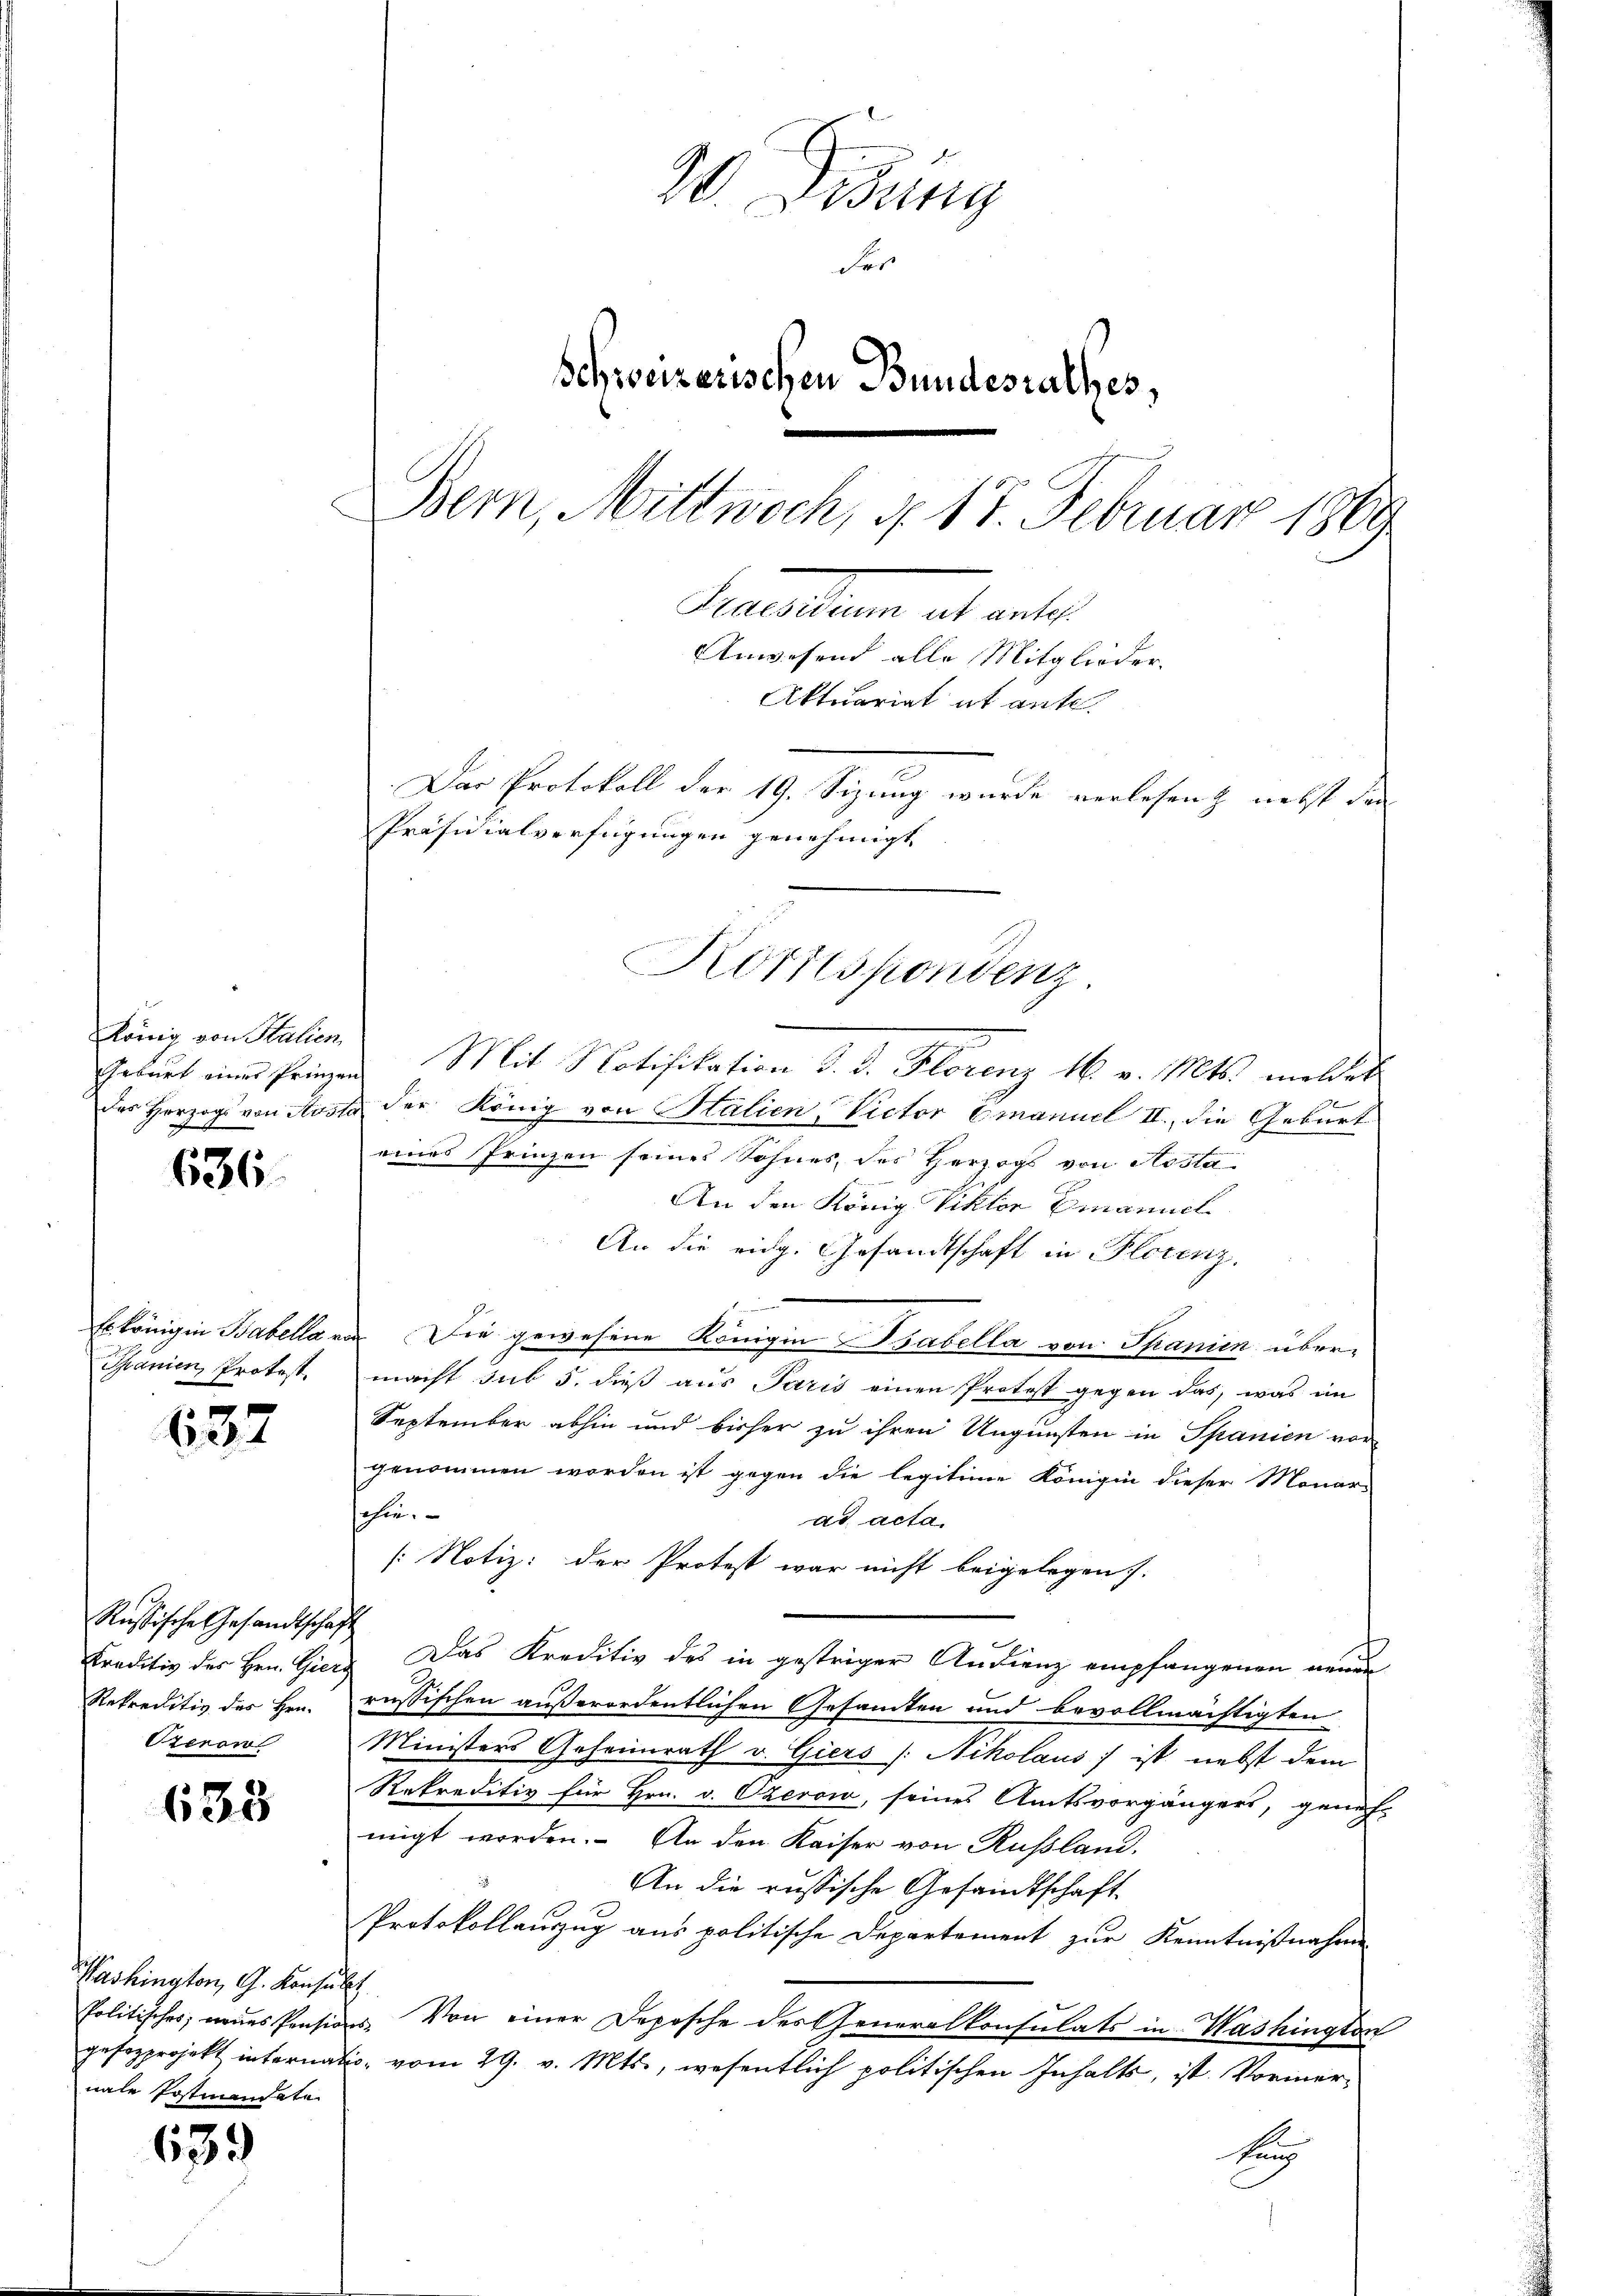
König von Italien,

636.

Spanien, Protest.

632

Russische Gesandtschaft
Rekreditiv des Hrn.

635

Washington, G. Konsult
nale Postmandate

639

30. Behung
Fer
Schweizerischen Bundesrathes,
Bern, Mittwoch, d. 17. Februar 1869
Snellen ab anle
Anwesend alle Mitglieder.
Aktuariat it ante.
Das Protokoll der 19. Sizung wurde verlesen nebst das
Präsidialverfügungen genehmigt.

Korrespondenz

Erwart eine Prinzen Mit Notifikation d. d. Florenz 16 v. Mts. meldet
des Herzogs von Aosta der König von Stalien, Victor Emanuel II., die Geburt
eines Prinzen seines Sohnes, des Herzogs von Hosta
An den König Viktor Emanuel
An die eidg. Gesandtschaft in Plotenz.
Es königin Babella von Die gewesene Königin sabella von Spanien übermacht sub 5. dieß aus Paris einen Protost gegen das, was im
September abhin und bisher zu ihren Ungunsten in Spanien vor
genommen worden ist gegen die legitime Königin dieser Monar-
Jahin.
ad acta.
[Notiz: der Protest war nicht beigelegen.
e
Traditiv des Hrn. Giers Das Kreditiv des in gestriger Andrenz empfangenen neuen
russischen außerordentlichen Gesamten und bevollmächtigten
Ozerow Ministers Geheimrath v. Giers /: Nikolaus) ist nebst dem
Rekreditiv für Hrn. v. Ozerow, seines Amtsvorgängers, geneh-
migt worden. An den Kaiser von Russland,
An die russische Gesandtschaft
Protokollanzug aus politische Departement zur Kenntnißnahme
Politisches, neues Pensions. Von einer Depesche des Generalkonsulats in Washington
gefozprojekt internatio vom 29. v. Mts., wesentlich politischen Inhalts, ist. Vormerhung